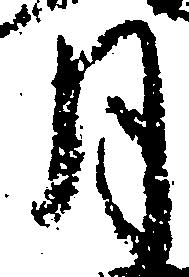
月